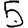
Digit: 5